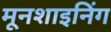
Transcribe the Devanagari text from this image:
मूनशाइनिंग